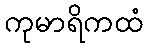
ကုမာရိကထံ